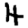
Digit: 4